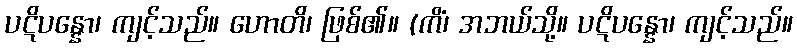
ပဋိပန္နော၊ ကျင့်သည်။ ဟောတိ၊ ဖြစ်၏။ (ကိံ၊ အဘယ်သို့။ ပဋိပန္နော၊ ကျင့်သည်။